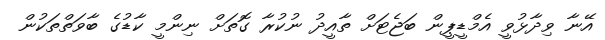
އޭނާ ވިދާޅުވީ އެމްޑީޕީން ބަޖެޓަށް ތާއީދު ނުކުރާ ގޮތަށް ނިންމީ ކާޑުގެ ބާވަތްތަކުން